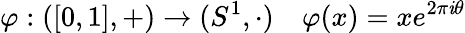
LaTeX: \varphi:([0,1],+)\to(S^{1},\cdot)\quad\varphi(x)=xe^{2\pi\mathit{i}\theta}